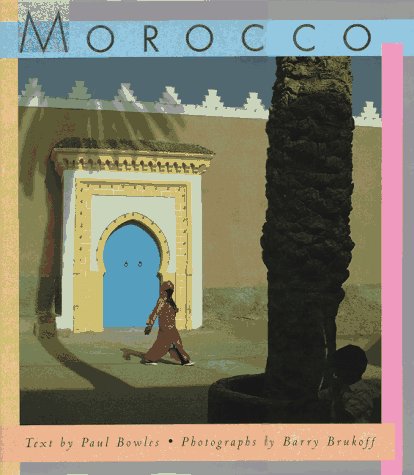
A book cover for Morocco; Paul Bowles; Travel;